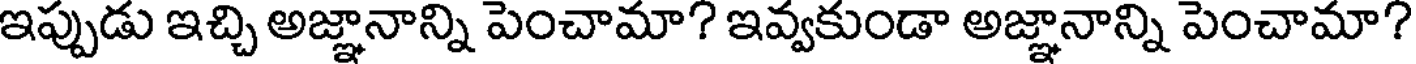
ఇప్పుడు ఇచ్చి అజ్ఞానాన్ని పెంచామా? ఇవ్వకుండా అజ్ఞానాన్ని పెంచామా?